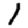
Digit: 1